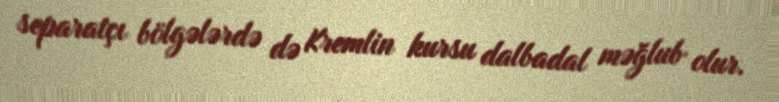
separatçı bölgələrdə də Kremlin kursu dalbadal məğlub olur.